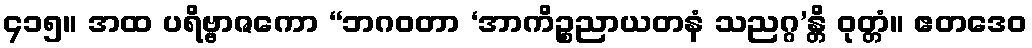
၄၁၅။ အထ ပရိဗ္ဗာဇကော “ဘဂဝတာ ‘အာကိဉ္စညာယတနံ သညဂ္ဂ’န္တိ ဝုတ္တံ။ ဧတဒေဝ